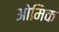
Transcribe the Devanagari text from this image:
ओमिक